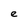
Character: e